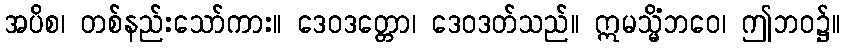
အပိစ၊ တစ်နည်းသော်ကား။ ဒေဝဒတ္တော၊ ဒေဝဒတ်သည်။ ဣမသ္မိံဘဝေ၊ ဤဘဝ၌။